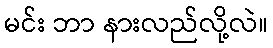
မင်း ဘာ နားလည်လို့လဲ။